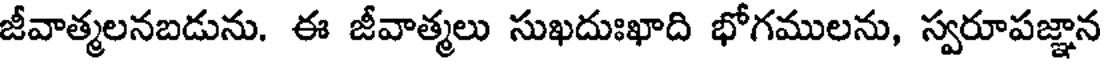
జీవాత్మలనబడును. ఈ జీవాత్మలు సుఖదుఃఖాది భోగములను, స్వరూపజ్ఞాన